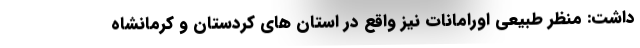
داشت: منظر طبیعی اورامانات نیز واقع در استان های کردستان و کرمانشاه